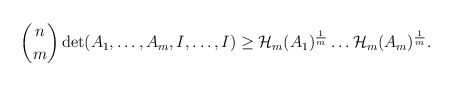
\begin{align*}\begin{aligned}\binom{n}{m}\det(A_1,\dots,A_m,I,\dots,I)\geq \mathcal{H}_m(A_1)^{\frac{1}{m}}\dots \mathcal{H}_m(A_m)^{\frac{1}{m}}.\end{aligned}\end{align*}